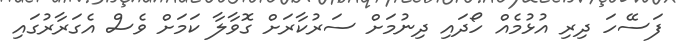
ފަސޭހަ ދިރި އުޅުމެއް ހޯދައި ދިނުމަށް ސަރުކާރަށް ގޮވާލާ ކަމަށް ވެސް އެގަރާރުގައި